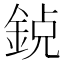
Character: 𨦸